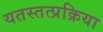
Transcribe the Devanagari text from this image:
यतस्तत्प्रक्रिया